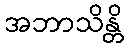
အဘာသိန္တိ